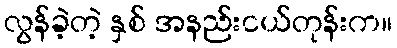
လွန်ခဲ့တဲ့ နှစ် အနည်းငယ်တုန်းက။